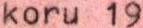
koru 19